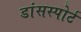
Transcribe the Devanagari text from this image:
डांसस्पोर्ट